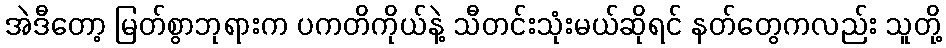
အဲဒီတော့ မြတ်စွာဘုရားက ပကတိကိုယ်နဲ့ သီတင်းသုံးမယ်ဆိုရင် နတ်တွေကလည်း သူတို့